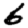
Digit: 6